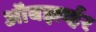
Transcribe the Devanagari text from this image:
ऑबझर्व्हर